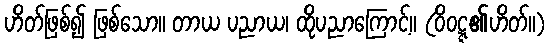
ဟိတ်ဖြစ်၍ ဖြစ်သော။ တာယ ပညာယ၊ ထိုပညာကြောင့်။ (ဝိဝဋ္ဋ၏ဟိတ်။)